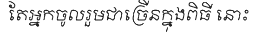
តែអ្នកចូលរួមជាច្រើនក្នុងពិធី នោះ